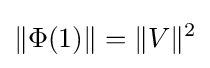
\|\Phi (1)\|=\|V\|^{2}